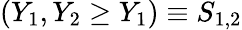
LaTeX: (Y_{1},Y_{2}\ge Y_{1})\equiv S_{1,2}